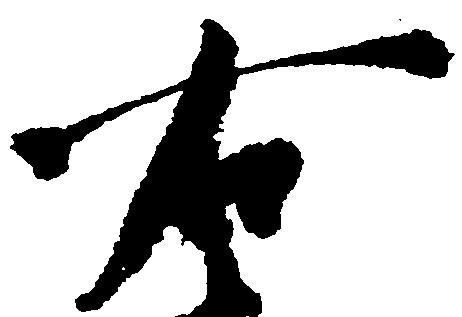
右